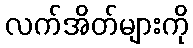
လက်အိတ်များကို